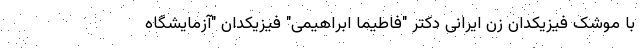
با موشک فیزیکدان زن ایرانی دکتر "فاطیما ابراهیمی" فیزیکدان "آزمایشگاه